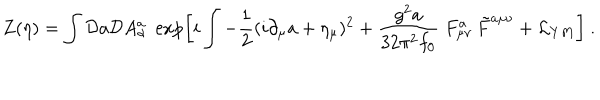
Z ( \eta ) = \int { \cal D } a { \cal D } A _ { \alpha } ^ { a } \ \exp \left[ i \int - { \frac { 1 } { 2 } } ( i \partial _ { \mu } a + \eta _ { \mu } ) ^ { 2 } + { \frac { g ^ { 2 } a } { 3 2 \pi ^ { 2 } f _ { 0 } } } \; F _ { \mu \nu } ^ { a } \, \tilde { F } ^ { a \mu \nu } + { \cal L } _ { Y M } \right] \ .